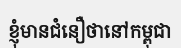
ខ្ញុំមានជំនឿថានៅកម្ពុជា